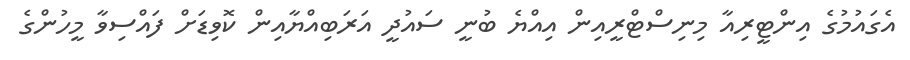
އެގައުމުގެ އިންޓީރިއާ މިނިސްޓްރީއިން އިއްޔެ ބުނީ ސައުދީ އަރަބިއްޔާއިން ކޮވިޑަށް ފައްސިވާ މީހުންގެ